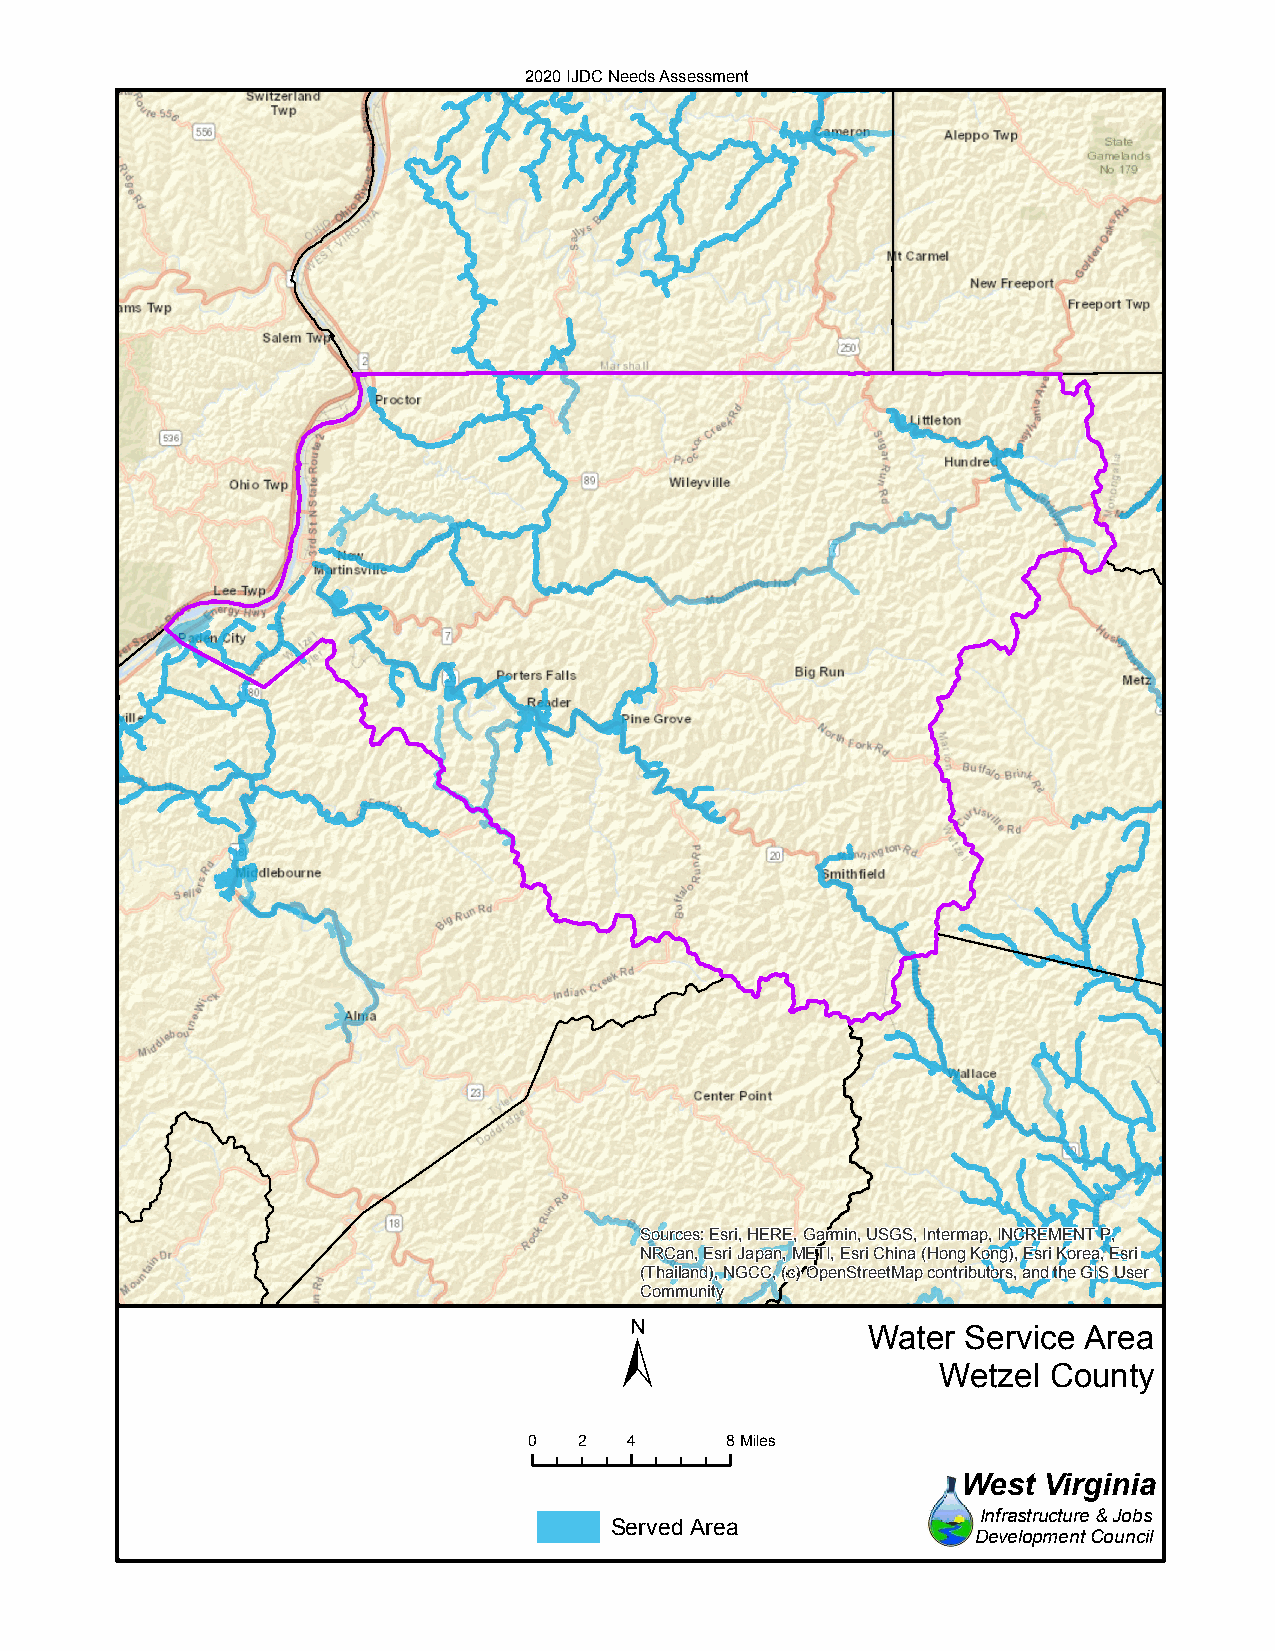
2020 IJDC Needs Assessment
 Sources: Esri, HERE, Garmin, USGS, Intermap, INCREMENT P,
 NRCan, Esri Japan, METI, Esri China (Hong Kong), Esri Korea, Esri
 (Thailand), NGCC, (c) OpenStreetMap contributors, and the GIS User
 Community
 ±
 Water  Service Area
 Wetzel County
 0  2   4     8Miles
 West Virginia
 Infrastructure & Jobs
 Served Area
 Development Council